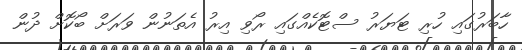
ހާބަރުގައި ހުރި ޓަޔަރު ސްޓޮކެއްގައި ރޯވި އިރު އެތަނުން ވަރަށް ބޯކޮށް ދުން